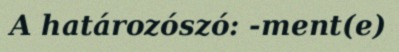
A határozószó: -ment(e)